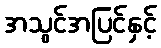
အသွင်အပြင်နှင့်